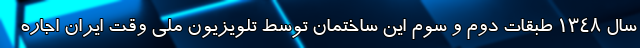
سال ۱۳۴۸ طبقات دوم و سوم این ساختمان توسط تلویزیون ملی وقت ایران اجاره